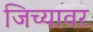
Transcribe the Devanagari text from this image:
जिच्यावर